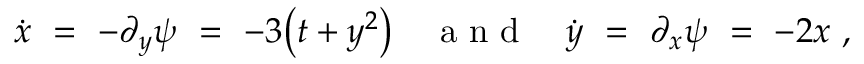
\dot { x } \ = \ - \partial _ { y } \psi \ = \ - 3 \big ( t + y ^ { 2 } \big ) { ~ ~ ~ \mathrm { ~ a ~ n ~ d ~ } ~ ~ ~ } \dot { y } \ = \ \partial _ { x } \psi \ = \ - 2 x ~ ,